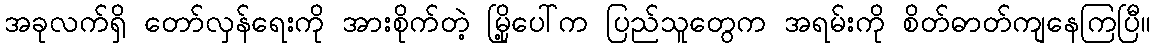
အခုလက်ရှိ တော်လှန်ရေးကို အားစိုက်တဲ့ မြို့ပေါ်က ပြည်သူတွေက အရမ်းကို စိတ်ဓာတ်ကျနေကြပြီ။